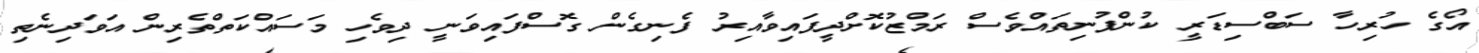
އޯގެ ހުރިހާ ސަބްސިޑަރީ ކުންފުނިތައްވެސް ރަމްޒުކޮށްދީފައިވާއިރު ފެނިގެން ގޮސްފައިވަނީ ދިވެހި މަސައްކަތްތެރިން އަވަދިނެތި